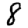
Digit: 8